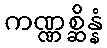
ကဏ္ဏစ္ဆိန္နံ